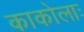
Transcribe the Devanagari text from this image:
काकोलाः